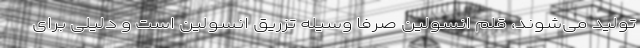
تولید می‌شوند، قلم انسولین صرفا وسیله تزریق انسولین است و دلیلی برای